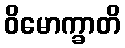
ဝိမောက္ခာတိ